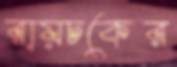
রায়চকের